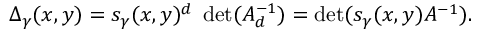
\Delta _ { \gamma } ( x , y ) = s _ { \gamma } ( x , y ) ^ { d } \; \operatorname * { d e t } ( A _ { d } ^ { - 1 } ) = \operatorname * { d e t } ( s _ { \gamma } ( x , y ) A ^ { - 1 } ) .